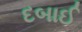
દબાઈ